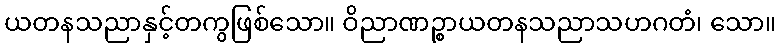
ယတနသညာနှင့်တကွဖြစ်သော။ ဝိညာဏဉ္စာယတနသညာသဟဂတံ၊ သော။